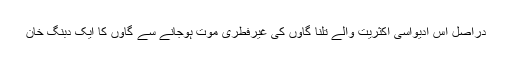
دراصل اس آدیواسی اکثریت والے تلنا گاؤں کی غیرفطری موت ہوجانے سے گاؤں کا ایک دبنگ خان